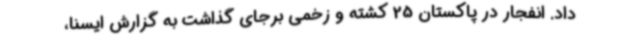
داد. انفجار در پاکستان 25 کشته و زخمی برجای گذاشت به گزارش ایسنا،